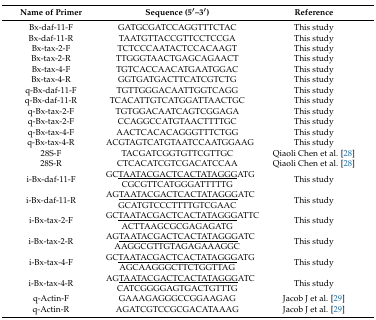
<table><thead><tr><td><b>Name of Primer</b></td><td><b>Sequence (5′–3′)</b></td><td><b>Reference</b></td></tr></thead><tbody><tr><td>Bx-daf-11-F</td><td>GATGCGATCCAGGTTTCTAC</td><td>This study</td></tr><tr><td>Bx-daf-11-R</td><td>TAATGTTACCGTTCCTCCGA</td><td>This study</td></tr><tr><td>Bx-tax-2-F</td><td>TCTCCCAATACTCCACAAGT</td><td>This study</td></tr><tr><td>Bx-tax-2-R</td><td>TTGGGTAACTGAGCAGAACT</td><td>This study</td></tr><tr><td>Bx-tax-4-F</td><td>TGTCACCAACATGAATGGAC</td><td>This study</td></tr><tr><td>Bx-tax-4-R</td><td>GGTGATGACTTCATCGTCTG</td><td>This study</td></tr><tr><td>q-Bx-daf-11-F</td><td>TGTTGGGACAATTGGTCAGG</td><td>This study</td></tr><tr><td>q-Bx-daf-11-R</td><td>TCACATTGTCATGGATTAACTGC</td><td>This study</td></tr><tr><td>q-Bx-tax-2-F</td><td>TGTGGACAATCAGTCGGAGA</td><td>This study</td></tr><tr><td>q-Bx-tax-2-F</td><td>CCAGGCCATGTAACTTTTGC</td><td>This study</td></tr><tr><td>q-Bx-tax-4-F</td><td>AACTCACACAGGGTTTCTGG</td><td>This study</td></tr><tr><td>q-Bx-tax-4-R</td><td>ACGTAGTCATGTAATCCAATGGAAG</td><td>This study</td></tr><tr><td>28S-F</td><td>TACGATCGGTGTTCGTTGC</td><td>Qiaoli Chen et al. [28] </td></tr><tr><td>28S-R</td><td>CTCACATCGTCGACATCCAA</td><td>Qiaoli Chen et al. [28]</td></tr><tr><td>i-Bx-daf-11-F</td><td>GC<underline>TAATACGACTCACTATAGGG</underline>ATGCGCGTTCATGGGATTTTTG</td><td>This study</td></tr><tr><td>i-Bx-daf-11-R</td><td>AG<underline>TAATACGACTCACTATAGGG</underline>ATCGCATGTCCCTTTTGTCGAAC</td><td>This study</td></tr><tr><td>i-Bx-tax-2-F</td><td>GC<underline>TAATACGACTCACTATAGGG</underline>ATTCACTTAAGCGCGAGAGATG</td><td>This study</td></tr><tr><td>i-Bx-tax-2-R</td><td>AG<underline>TAATACGACTCACTATAGGG</underline>ATCAAGGCGTTGTAGAGAAAGGC</td><td>This study</td></tr><tr><td>i-Bx-tax-4-F</td><td>GC<underline>TAATACGACTCACTATAGGG</underline>ATGAGCAAGGGCTTCTGGTTAG</td><td>This study</td></tr><tr><td>i-Bx-tax-4-R</td><td>AG<underline>TAATACGACTCACTATAGGG</underline>ATCCATCGGGGAGTGACTGTTTG</td><td>This study</td></tr><tr><td>q-Actin-F</td><td>GAAAGAGGGCCGGAAGAG</td><td>Jacob J et al. [29]</td></tr><tr><td>q-Actin-R</td><td>AGATCGTCCGCGACATAAAG</td><td>Jacob J et al. [29]</td></tr></tbody></table>